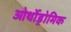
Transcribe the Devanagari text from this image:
ओर्थोड्रोमिक